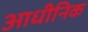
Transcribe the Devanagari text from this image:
आधीनिक